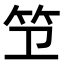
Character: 𫁱